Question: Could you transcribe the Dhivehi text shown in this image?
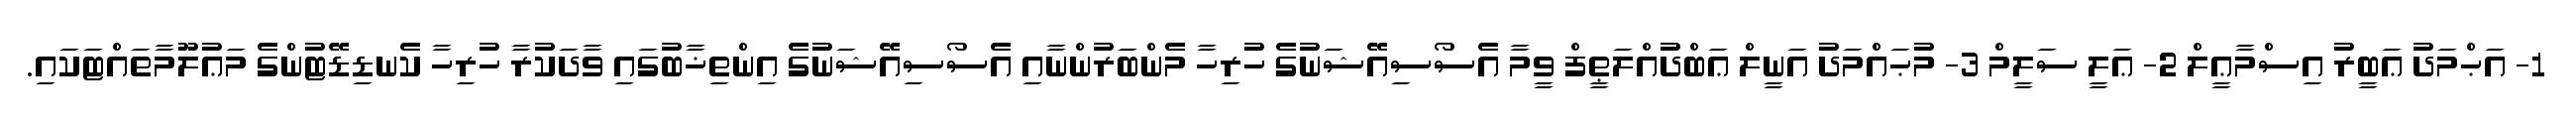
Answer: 1- އަޙްމަދު ޢަބީރު އިސްމާޢީލް 2- ޢަލީ ސަލީމް 3- މުޙައްމަދު އަނީލް ޢަބްދުއްލަޠީފް ވީމާ އެސޯސިއޭޝަނުގެ ހުރިހާ މެންބަރުންނާއި އެސޯސިއޭޝަނުގެ އިންތިޚާބުގައި ވާދަކުރާ ހުރިހާ ކެނޑިޑޭޓުންގެ މަޢުލޫމާތައްޓަކައި.